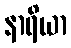
နာရိယာ